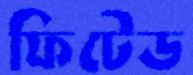
ফিটেড